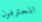
المحترفون